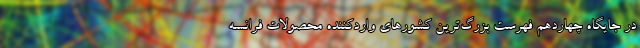
در جایگاه چهاردهم فهرست بزرگ‌ترین کشورهای واردکننده محصولات فرانسه